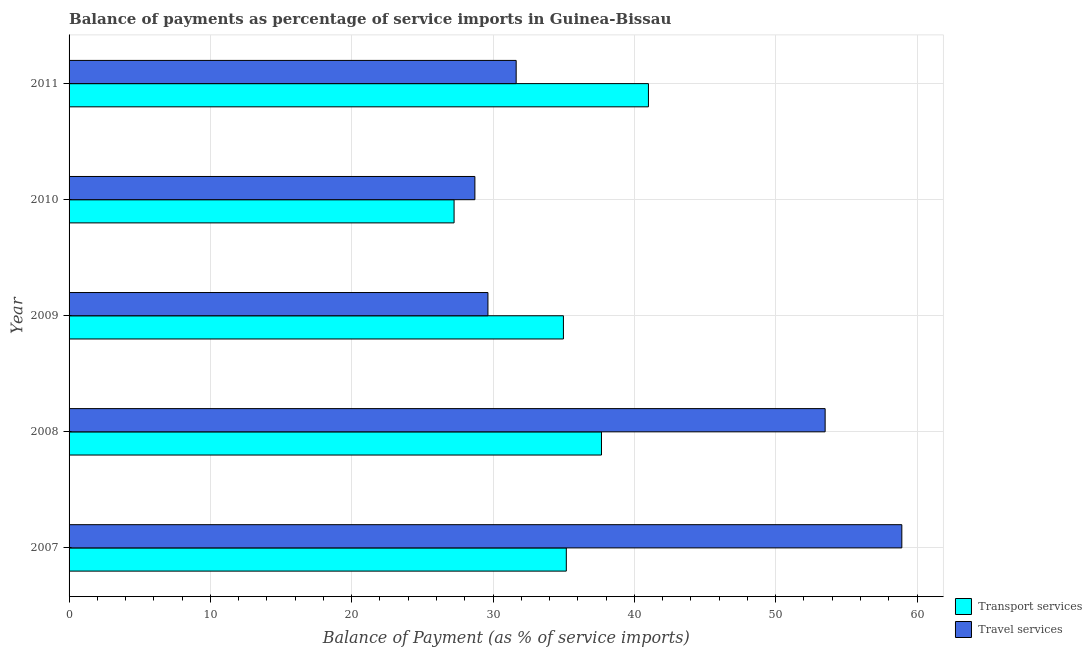
| Year | Transport services | Travel services |
 | --- | --- | --- |
 | 2007 | 35.2 | 58.9 |
 | 2008 | 37.7 | 53.5 |
 | 2009 | 35 | 29.6 |
 | 2010 | 27.2 | 28.7 |
 | 2011 | 41 | 31.6 |